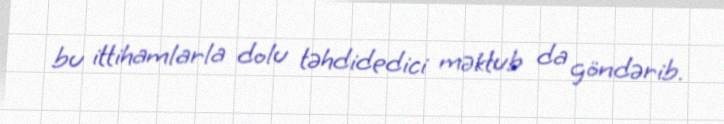
bu ittihamlarla dolu təhdidedici məktub da göndərib.